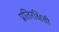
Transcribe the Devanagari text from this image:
प्रतिरक्षिती